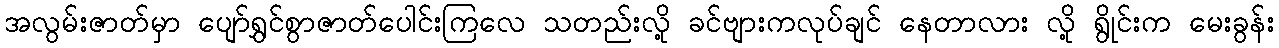
အလွမ်းဇာတ်မှာ ပျော်ရွှင်စွာဇာတ်ပေါင်းကြလေ သတည်းလို့ ခင်ဗျားကလုပ်ချင် နေတာလား လို့ ရွိုင်းက မေးခွန်း